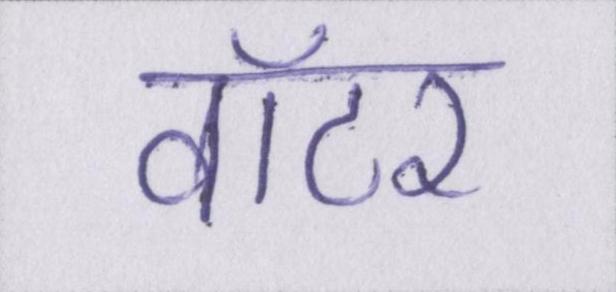
वॉटर